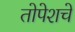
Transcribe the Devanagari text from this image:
तोपेशचे